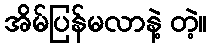
အိမ်ပြန်မလာနဲ့ တဲ့။